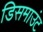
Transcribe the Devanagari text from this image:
डिसमाउंट